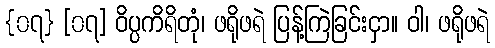
{၀၇} [၀၇] ဝိပ္ပကိရိတုံ၊ ဖရိုဖရဲ ပြန့်ကြဲခြင်းငှာ။ ဝါ၊ ဖရိုဖရဲ